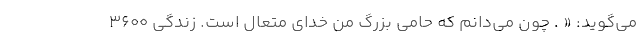
می‌گوید: « . چون می‌دانم که حامی بزرگ من خدای متعال است. زندگی ۳۶۰۰